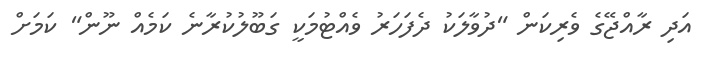
އަދި ރާއްޖޭގެ ވެރިކަން "ދުވާލަކު ދެފަހަރު ވެއްޓުމަކީ ގަބޫލުކުރާނެ ކަމެއް ނޫން" ކަމަށް